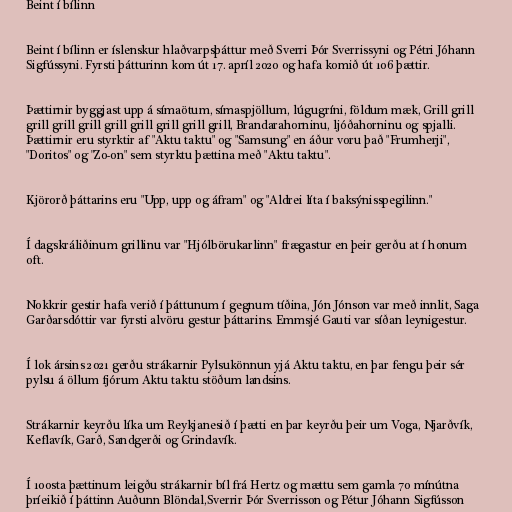
Beint í bílinn

Beint í bílinn er íslenskur hlaðvarpsþáttur með Sverri Þór Sverrissyni og Pétri Jóhann
Sigfússyni. Fyrsti þátturinn kom út 17. apríl 2020 og hafa komið út 106 þættir.

Þættirnir byggjast upp á símaötum, símaspjöllum, lúgugríni, földum mæk, Grill grill
grill grill grill grill grill grill grill grill, Brandarahorninu, ljóðahorninu og spjalli.
Þættirnir eru styrktir af "Aktu taktu" og "Samsung" en áður voru það "Frumherji",
"Doritos" og "Zo-on" sem styrktu þættina með "Aktu taktu".

Kjörorð þáttarins eru "Upp, upp og áfram" og "Aldrei líta í baksýnisspegilinn."

Í dagskráliðinum grillinu var "Hjólbörukarlinn" frægastur en þeir gerðu at í honum
oft.

Nokkrir gestir hafa verið í þáttunum í gegnum tíðina, Jón Jónson var með innlit, Saga
Garðarsdóttir var fyrsti alvöru gestur þáttarins. Emmsjé Gauti var síðan leynigestur.

Í lok ársins 2021 gerðu strákarnir Pylsukönnun yjá Aktu taktu, en þar fengu þeir sér
pylsu á öllum fjórum Aktu taktu stöðum landsins.

Strákarnir keyrðu líka um Reykjanesið í þætti en þar keyrðu þeir um Voga, Njarðvík,
Keflavík, Garð, Sandgerði og Grindavík.

Í 100sta þættinum leigðu strákarnir bíl frá Hertz og mættu sem gamla 70 mínútna
þríeikið í þáttinn Auðunn Blöndal,Sverrir Þór Sverrisson og Pétur Jóhann Sigfússon